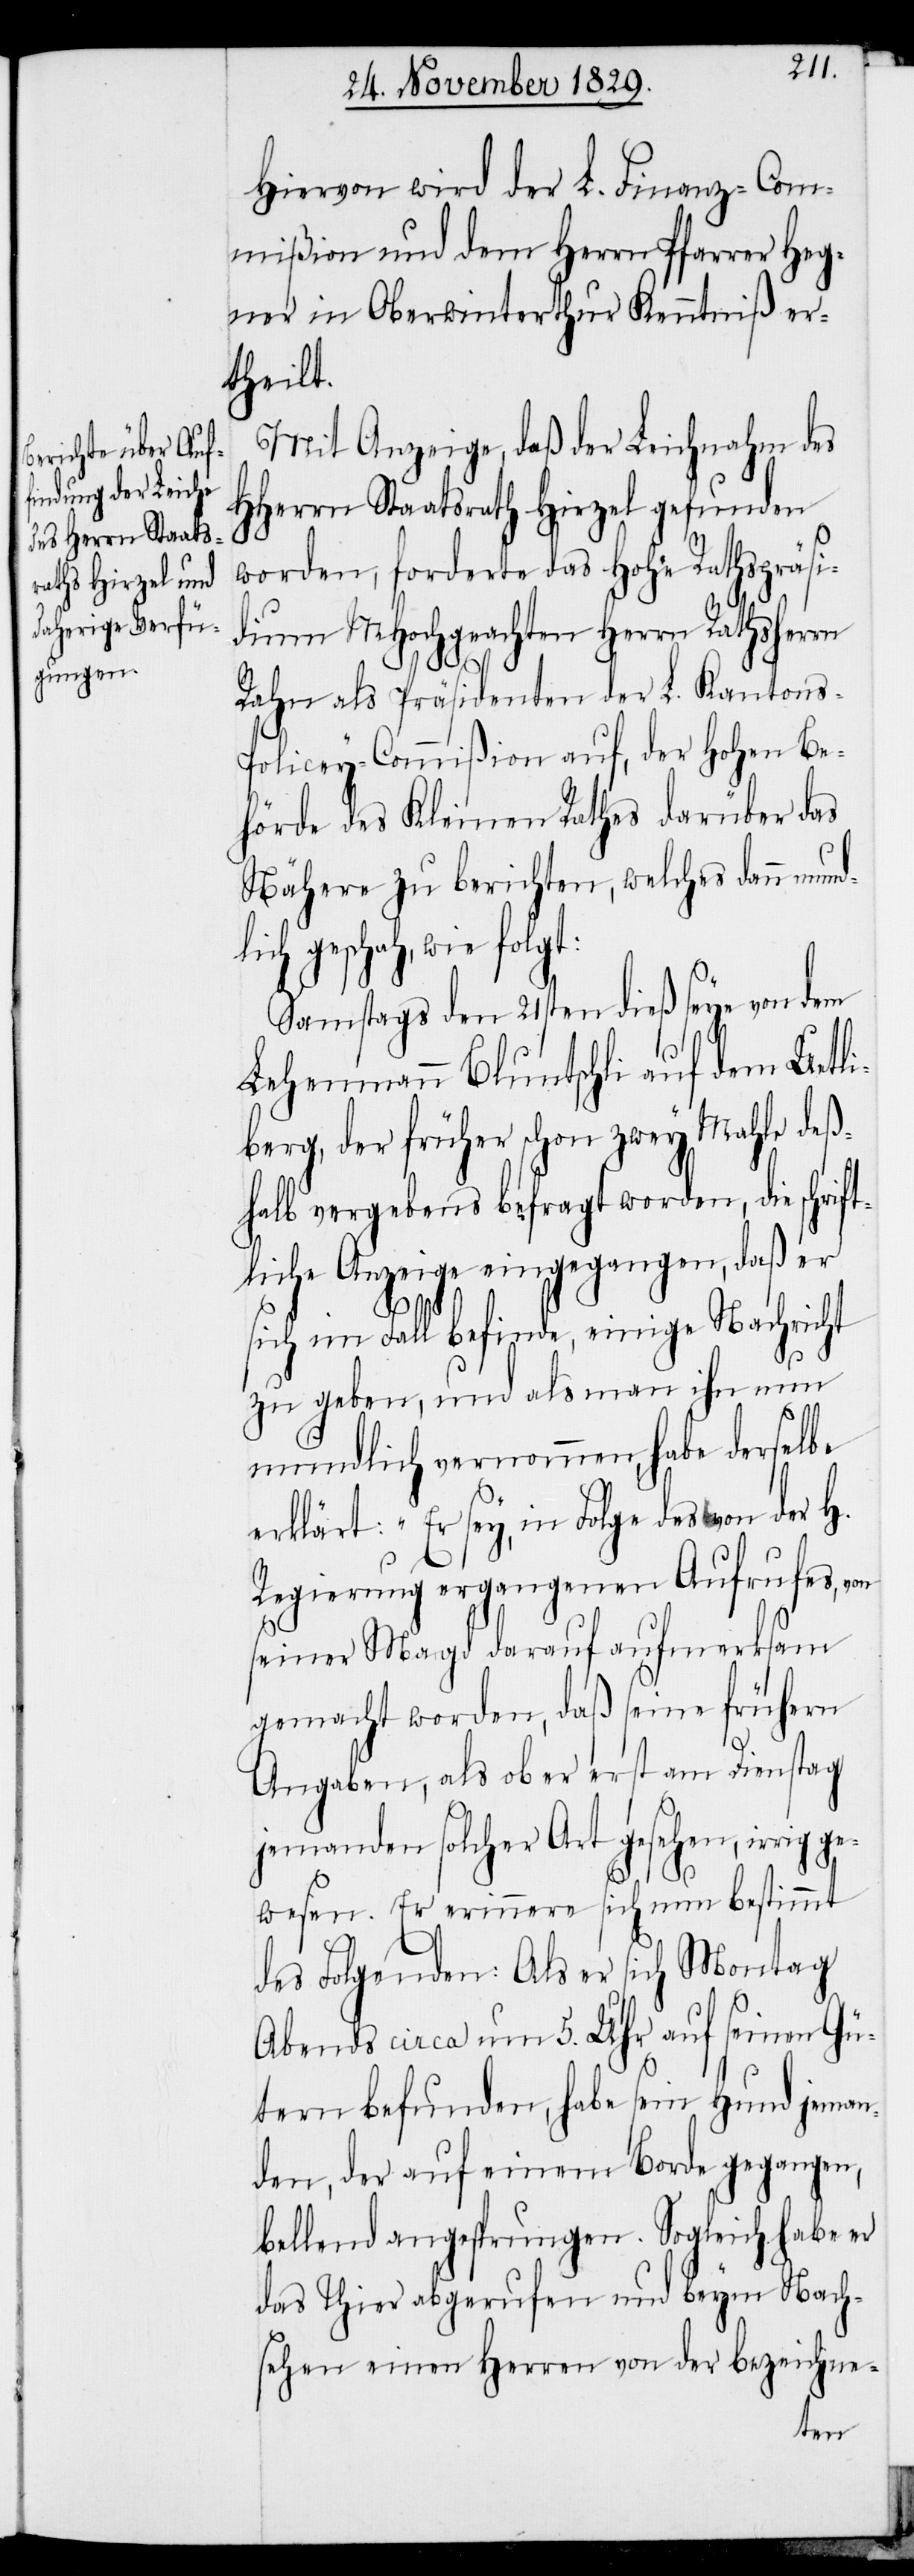
Hiervon wird der L. Finanz-Com¬
mißion und dem Herrn Pfarrer Heg¬
ner in Oberwinterthur Kenntniß er¬
theilt.
Mit Anzeige, daß der Leichnahm des
HHerrn Staatsrath Hirzel gefunden
worden, forderte das Hohe Rathspräsi¬
dium MHochgeachten Herrn Rathsherrn
Rahn als Präsidenten der L. Kantons-P¬
olicey-Commißion auf, der Hohen Be¬
hörde des Kleinen Rathes darüber das
Nähere zu berichten, welches dann mund¬
lich geschah, wie
Samstags den 21sten dieß seye von dem
Lehenmann Bluntschli auf dem Uetli¬
berg, der früher schon zwey Mahle deß¬
halb vergebens befragt worden, die schrif¬
tliche Anzeige eingegangen, daß er
folgt:
sich im Fall befinde, einige Nachricht
zu geben, und als man ihn nun
mundlich vernommen, habe derselbe
erklärt: „Er sey, in Folge des von der H.
Regierung ergangenen Aufrufes, von
seiner Magd darauf aufmerksam
gemacht worden, daß seine frühern
Angaben, als ob er erst am Dienstag
jemanden solcher Art gesehen, irrig
gewesen. Er erinnere sich nun bestimmt
des Folgenden: Als er sich Montag
Abends circa um 5. Uhr auf seinen Gü¬
tern befunden, habe sein Hund jeman¬
den, der auf einem Borde gegangen,
bellend angesprungen. Sogleich habe er
das Thier abgerufen und beym Nach¬
sehen einen Herrn von der bezeichne-